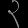
Digit: ၃